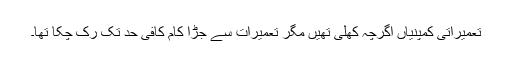
تعمیراتی کمپنیاں اگرچہ کھلی تھیں مگر تعمیرات سے جڑا کام کافی حد تک رُک چکا تھا۔